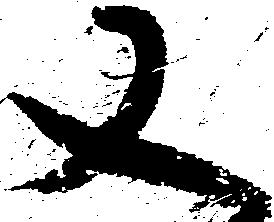
又